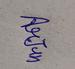
Signature authenticity: genuine